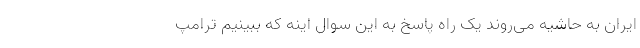
ایران به حاشیه می‌روند یک راه پاسخ به این سوال اینه که ببینیم ترامپ